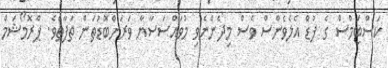
ކަސްޓަމްސް ގެ ފުޑް އެލެވެންސް ވެސް މިދެންނެވި މުވައްސަސާޔާ ވަރަށްބޮޑުތަން ތަފާތެވެ. ޕްރޮމޯޝަމް